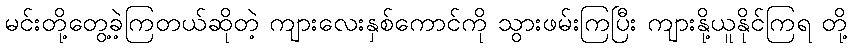
မင်းတို့တွေ့ခဲ့ကြတယ်ဆိုတဲ့ ကျားလေးနှစ်ကောင်ကို သွားဖမ်းကြပြီး ကျားနို့ယူနိုင်ကြရ တို့